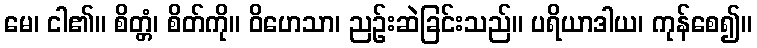
မေ၊ ငါ၏။ စိတ္တံ၊ စိတ်ကို။ ဝိဟေသာ၊ ညဉ်းဆဲခြင်းသည်။ ပရိယာဒါယ၊ ကုန်စေ၍။